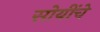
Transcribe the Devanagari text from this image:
सोयींचे